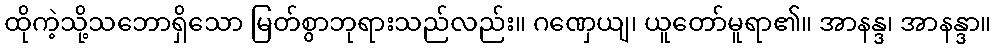
ထိုကဲ့သို့သဘောရှိသော မြတ်စွာဘုရားသည်လည်း။ ဂဏှေယျ၊ ယူတော်မူရာ၏။ အာနန္ဒ၊ အာနန္ဒာ။